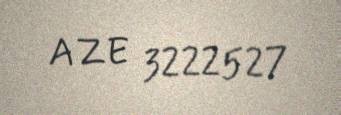
AZE 3222527